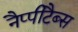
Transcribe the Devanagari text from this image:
नैप्पीटैब्स